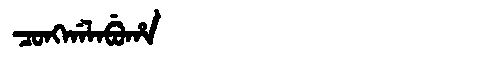
Manchu: ᠴᠣᠩᡤᠠᠯᠠᠪᡠᡥᠠ
Romanization: CONGGALABUHA